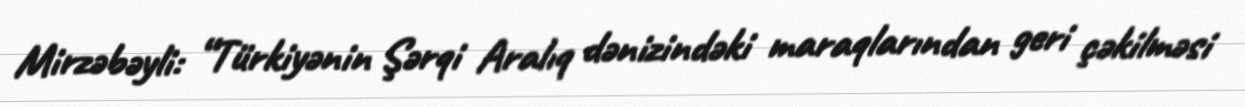
Mirzəbəyli: “Türkiyənin Şərqi Aralıq dənizindəki maraqlarından geri çəkilməsi